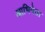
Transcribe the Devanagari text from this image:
आभिनेता